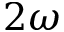
2 \omega